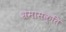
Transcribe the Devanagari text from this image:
भ्रमासक्‍ति